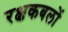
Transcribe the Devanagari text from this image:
रक्षकबलों